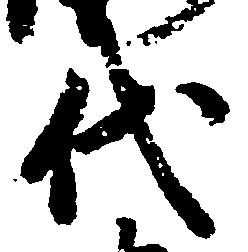
代